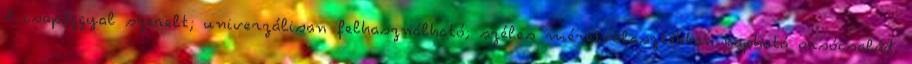
1 csapággyal szerelt; univerzálisan felhasználható; széles méretválasztékban kapható orsócsalád.